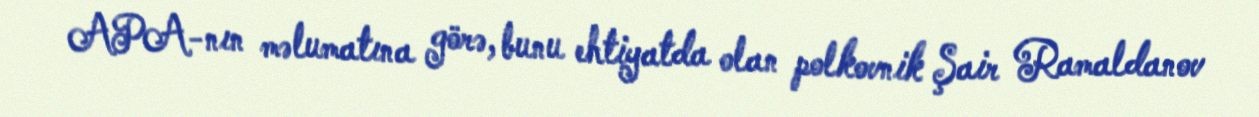
APA-nın məlumatına görə, bunu ehtiyatda olan polkovnik Şair Ramaldanov